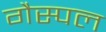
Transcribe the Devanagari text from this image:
गैस्पल